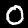
Digit: 0